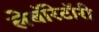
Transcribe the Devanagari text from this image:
लेबाॅरेटाॅरी